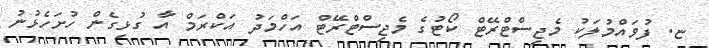
ޏ. ފުވައްމުލަކު މެޖިސްޓްރޭޓް ކޯޓުގެ މެޖިސްޓްރޭޓް އަހްމަދު އަކްރަމް އާ ގުޅިގެން ހުށަހެޅުނު